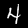
Label: 4